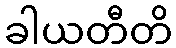
ခါယတီတိ